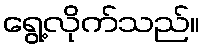
ရွေ့လိုက်သည်။